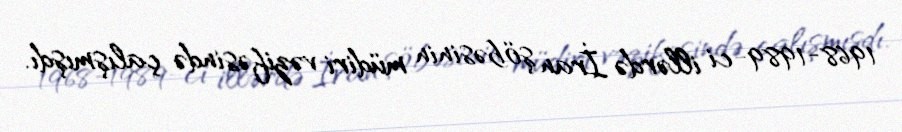
1968-1989-ci illərdə İran şöbəsinin müdiri vəzifəsində çalışmışdı.